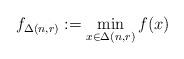
LaTeX: \begin{align*}f_{\Delta(n,r)}:=\min_{x\in\Delta(n,r)}f(x)\end{align*}